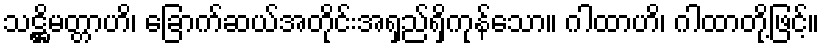
သဋ္ဌိမတ္တာဟိ၊ ခြောက်ဆယ်အတိုင်းအရှည်ရှိကုန်သော။ ဂါထာဟိ၊ ဂါထာတို့ဖြင့်။